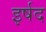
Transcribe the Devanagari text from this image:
इर्षद